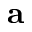
\textbf { a }